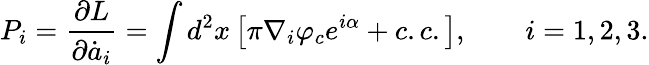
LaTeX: P_{i}=\frac{\partial L}{\partial\dot{a}_{i}}=\int d^{2}x\left[\pi\nabla_{i}\varphi_{c}e^{i\alpha}+c.c.\right],\qquad i=1,2,3.